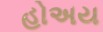
હોઅય